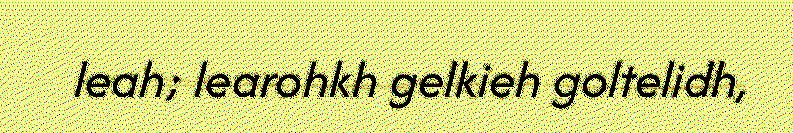
leah; learohkh gelkieh goltelidh,